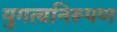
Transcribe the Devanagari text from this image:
युगत्वनिरूपण